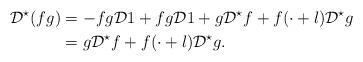
LaTeX: \begin{align*} \mathcal{D}^{\star}(fg) & = - fg \mathcal{D}1 + fg \mathcal{D}1 + g \mathcal{D}^{\star}f+ f( \cdot + l) \mathcal{D}^{\star} g \\& = g \mathcal{D}^{\star}f+ f( \cdot + l) \mathcal{D}^{\star} g.\end{align*}